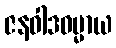
ဇနဝါဒဓမ္မာယ